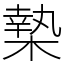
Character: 𣙗